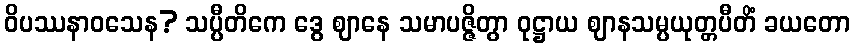
ဝိပဿနာဝသေန? သပ္ပီတိကေ ဒွေ ဈာနေ သမာပဇ္ဇိတွာ ဝုဋ္ဌာယ ဈာနသမ္ပယုတ္တပီတိံ ခယတော